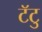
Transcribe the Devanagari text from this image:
टॅटु